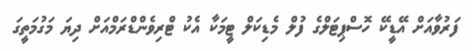
ފަރުވާއަށް އޭޑީކޭ ހޮސްޕިޓަލްގެ ފުލް މެޑިކަލް ޓީމަކާ އެކު ޓްރިވެންޑްރަމްއަށް ދިޔަ މަގުމަތީގަ